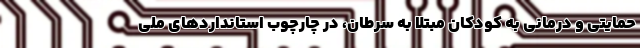
حمایتی و درمانی به کودکان مبتلا به سرطان، در چارچوب استانداردهاي ملي